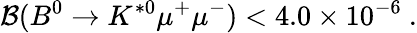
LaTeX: {\cal B}(B^{0}\to K^{*0}\mu^{+}\mu^{-})<4.0\times 10^{-6}~.